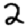
Digit: 2